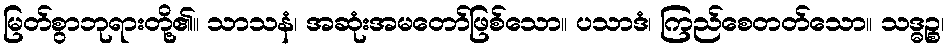
မြတ်စွာဘုရားတို့၏။ သာသနံ၊ အဆုံးအမတော်ဖြစ်သော။ ပသာဒံ၊ ကြည်စေတတ်သော။ သဒ္ဓဉ္စ၊